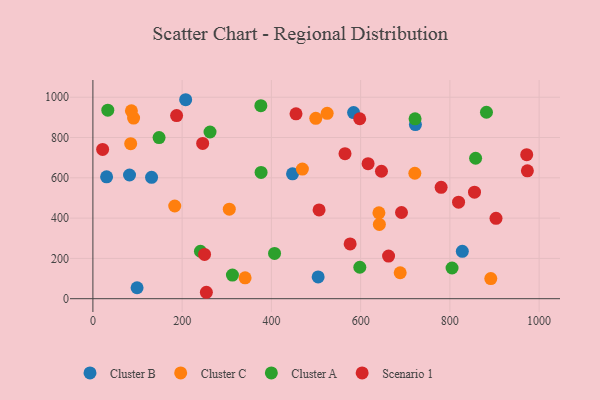
{"axis": {"x": "Engine Size", "y": "Profit"}, "legend": ["Cluster A", "Cluster B", "Cluster C", "Scenario 1"], "data": [{"x": "99.0", "y": 54.3, "type": "Cluster B"}, {"x": "584.2", "y": 923.8, "type": "Cluster B"}, {"x": "447.4", "y": 619.7, "type": "Cluster B"}, {"x": "207.9", "y": 987.5, "type": "Cluster B"}, {"x": "82.1", "y": 613.9, "type": "Cluster B"}, {"x": "722.8", "y": 864.4, "type": "Cluster B"}, {"x": "131.5", "y": 602.6, "type": "Cluster B"}, {"x": "30.7", "y": 605.0, "type": "Cluster B"}, {"x": "504.8", "y": 107.9, "type": "Cluster B"}, {"x": "827.9", "y": 234.9, "type": "Cluster B"}, {"x": "341.1", "y": 103.4, "type": "Cluster C"}, {"x": "84.7", "y": 769.6, "type": "Cluster C"}, {"x": "91.2", "y": 896.5, "type": "Cluster C"}, {"x": "183.4", "y": 460.0, "type": "Cluster C"}, {"x": "688.7", "y": 128.9, "type": "Cluster C"}, {"x": "469.5", "y": 643.2, "type": "Cluster C"}, {"x": "641.0", "y": 426.2, "type": "Cluster C"}, {"x": "86.3", "y": 932.5, "type": "Cluster C"}, {"x": "499.5", "y": 895.1, "type": "Cluster C"}, {"x": "642.0", "y": 368.4, "type": "Cluster C"}, {"x": "525.0", "y": 920.2, "type": "Cluster C"}, {"x": "721.5", "y": 622.6, "type": "Cluster C"}, {"x": "305.7", "y": 444.1, "type": "Cluster C"}, {"x": "891.7", "y": 99.7, "type": "Cluster C"}, {"x": "857.7", "y": 697.1, "type": "Cluster A"}, {"x": "376.9", "y": 626.5, "type": "Cluster A"}, {"x": "262.5", "y": 827.2, "type": "Cluster A"}, {"x": "376.4", "y": 957.8, "type": "Cluster A"}, {"x": "312.7", "y": 117.3, "type": "Cluster A"}, {"x": "148.3", "y": 799.5, "type": "Cluster A"}, {"x": "804.9", "y": 152.4, "type": "Cluster A"}, {"x": "722.0", "y": 892.8, "type": "Cluster A"}, {"x": "407.1", "y": 224.8, "type": "Cluster A"}, {"x": "598.2", "y": 156.2, "type": "Cluster A"}, {"x": "33.4", "y": 935.6, "type": "Cluster A"}, {"x": "241.0", "y": 235.4, "type": "Cluster A"}, {"x": "882.0", "y": 925.4, "type": "Cluster A"}, {"x": "455.2", "y": 917.5, "type": "Scenario 1"}, {"x": "576.5", "y": 271.8, "type": "Scenario 1"}, {"x": "254.3", "y": 31.9, "type": "Scenario 1"}, {"x": "972.2", "y": 714.9, "type": "Scenario 1"}, {"x": "691.6", "y": 427.7, "type": "Scenario 1"}, {"x": "246.0", "y": 770.6, "type": "Scenario 1"}, {"x": "565.0", "y": 720.0, "type": "Scenario 1"}, {"x": "250.2", "y": 219.8, "type": "Scenario 1"}, {"x": "616.7", "y": 670.2, "type": "Scenario 1"}, {"x": "903.4", "y": 398.9, "type": "Scenario 1"}, {"x": "662.6", "y": 211.5, "type": "Scenario 1"}, {"x": "187.6", "y": 909.0, "type": "Scenario 1"}, {"x": "598.0", "y": 893.2, "type": "Scenario 1"}, {"x": "646.7", "y": 632.6, "type": "Scenario 1"}, {"x": "506.9", "y": 440.4, "type": "Scenario 1"}, {"x": "973.7", "y": 634.7, "type": "Scenario 1"}, {"x": "855.2", "y": 528.5, "type": "Scenario 1"}, {"x": "780.4", "y": 552.9, "type": "Scenario 1"}, {"x": "21.8", "y": 740.7, "type": "Scenario 1"}, {"x": "819.5", "y": 479.2, "type": "Scenario 1"}]}